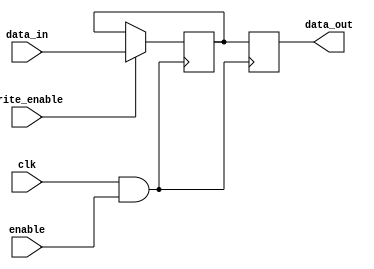
module clock_gating_memory (
    input wire clk,          // Main clock signal
    input wire enable,       // Enable signal for clock gating
    input wire [7:0] data_in, // Data input for memory
    input wire write_enable,  // Write enable signal
    output reg [7:0] data_out // Data output from memory
);

    // Memory array (8x8 bits for example)
    reg [7:0] memory_array [0:7];

    // Clock gating logic
    wire gated_clk;
    assign gated_clk = clk & enable; // Clock is gated based on enable signal

    // Memory operations
    always @(posedge gated_clk) begin
        if (write_enable) begin
            // Write operation
            memory_array[0] <= data_in; // Example: writing to address 0
        end
        // Read operation (example: reading from address 0)
        data_out <= memory_array[0];
    end

endmodule